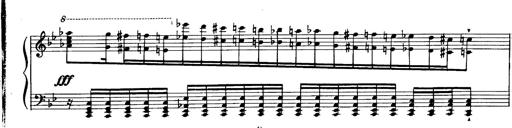
Title: Magyar dalok
Composer: Franz Liszt